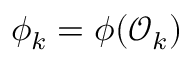
\phi _ { k } = \phi ( \mathcal { O } _ { k } )